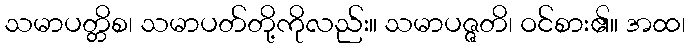
သမာပတ္တိစ၊ သမာပတ်တို့ကိုလည်း။ သမာပဇ္ဇတိ၊ ဝင်စား၏။ အထ၊